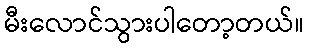
မီးလောင်သွားပါတော့တယ်။